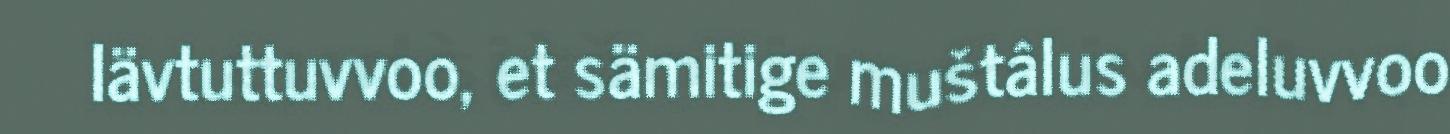
Iävtuttuvvoo, et sämitige muštâlus adeluvvoo